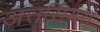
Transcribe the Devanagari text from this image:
अत्तर्सियस्